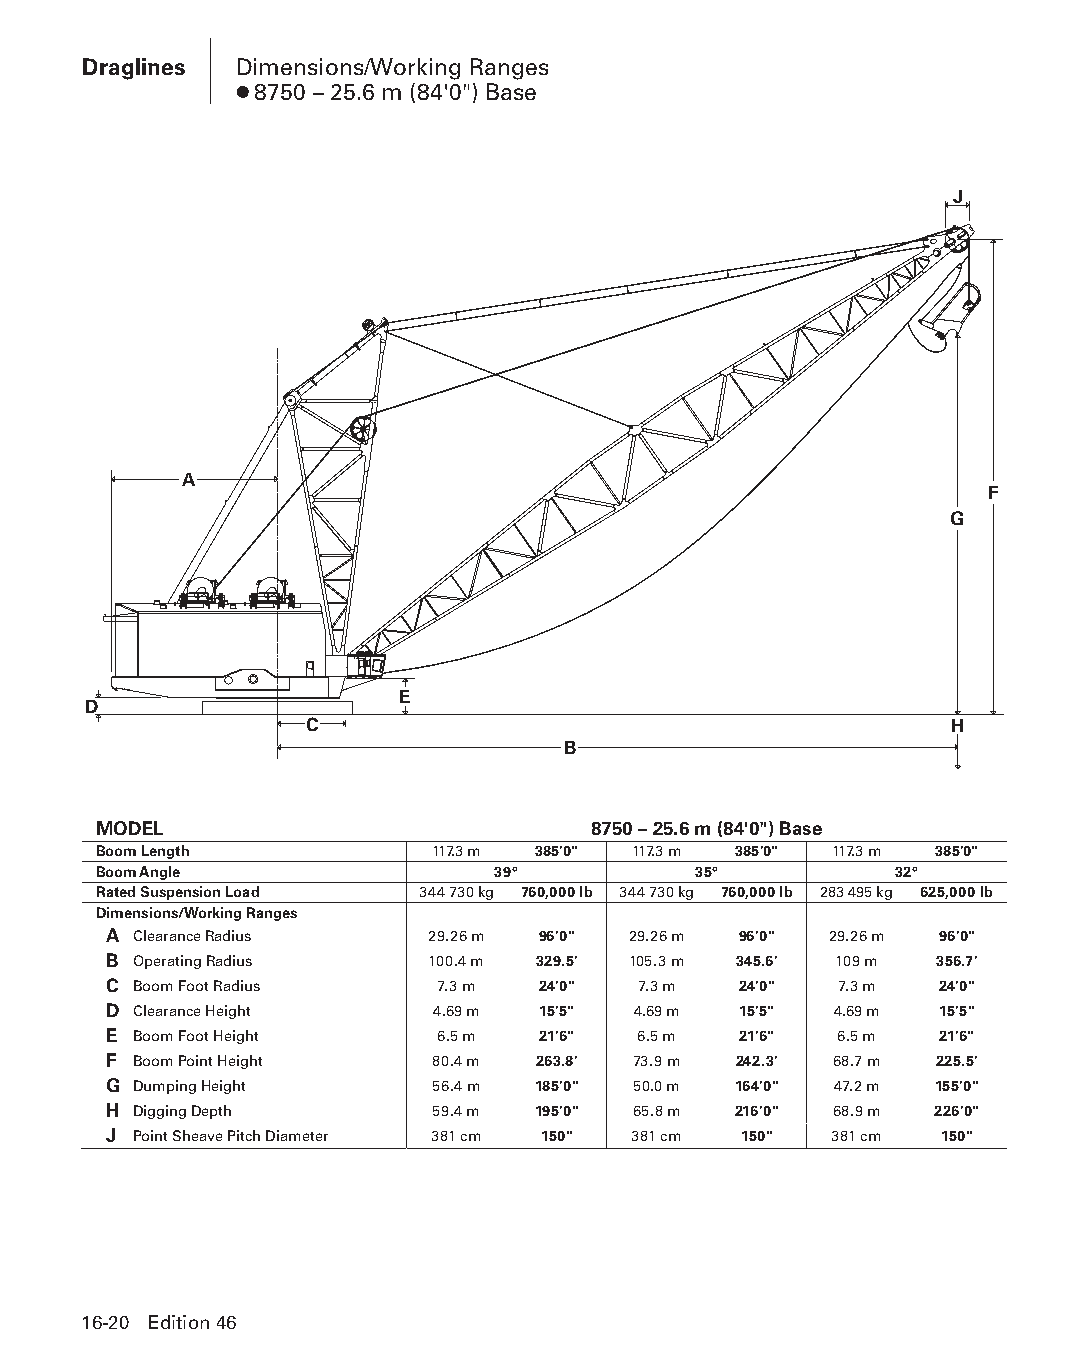
Draglines Dimensions/Working Ranges
 ● 8750 – 25.6 m (84'0") Base
 J
 A
 F
 G
 E
 D
 C                                         H
 B
 MODEL                           8750 – 25.6 m (84'0") Base
 Boom Length           117.3 m 385'0" 117.3 m 385'0" 117.3 m 385'0"
 Boom Angle                39°          35°           32°
 Rated Suspension Load 344 730 kg 760,000 lb 344 730 kg 760,000 lb 283 495 kg 625,000 lb
 Dimensions/Working Ranges
 A Clearance Radius    29.26 m 96'0" 29.26 m 96'0" 29.26 m 96'0"
 B Operating Radius    100.4 m 329.5' 105.3 m 345.6' 109 m 356.7'
 C Boom Foot Radius    7.3 m  24'0"  7.3 m 24'0"  7.3 m  24'0"
 D Clearance Height    4.69 m 15'5" 4.69 m 15'5"  4.69 m 15'5"
 E Boom Foot Height    6.5 m  21'6"  6.5 m 21'6"  6.5 m  21'6"
 F Boom Point Height   80.4 m 263.8' 73.9 m 242.3' 68.7 m 225.5'
 G Dumping Height      56.4 m 185'0" 50.0 m 164'0" 47.2 m 155'0"
 H Digging Depth       59.4 m 195'0" 65.8 m 216'0" 68.9 m 226'0"
 J Point Sheave Pitch Diameter 381 cm 150" 381 cm 150" 381 cm 150"
 16-20 Edition 46
 PPHHBB--SSeecc1166--DDrraagglliinneess((ppgg000011--002244))..iinndddd 2200 1122//44//1155 1100::5522 AAMM